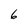
Character: 6